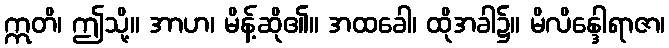
ဣတိ၊ ဤသို့။ အာဟ၊ မိန့်ဆို၏။ အထခေါ၊ ထိုအခါ၌။ မိလိန္ဒေါရာဇာ၊